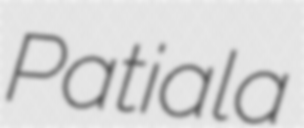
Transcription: Patiala